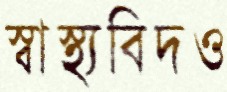
স্বাস্থ্যবিদও